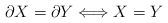
LaTeX: \begin{align*}\partial X =\partial Y \Longleftrightarrow X=Y\end{align*}